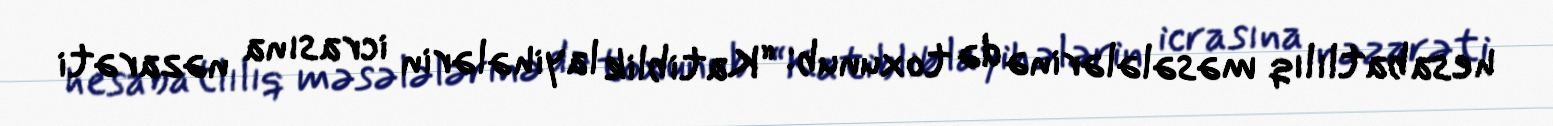
hesabatlılıq məsələlərinə də toxunub: “Katiblik layihələrin icrasına nəzarəti